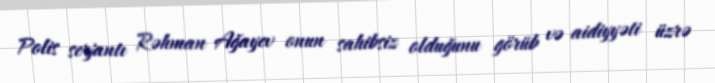
Polis serjantı Rəhman Ağayev onun sahibsiz olduğunu görüb və aidiyyəti üzrə